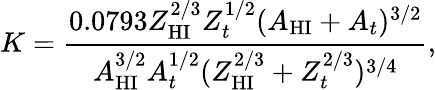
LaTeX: K=\frac{0.0793Z_{\mathrm{HI}}^{2/3}Z_{t}^{1/2}(A_{\mathrm{HI}}+A_{t})^{3/2}}{A_{\mathrm{HI}}^{3/2}A_{t}^{1/2}(Z_{\mathrm{HI}}^{2/3}+Z_{t}^{2/3})^{3/4}},